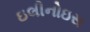
ઇલીનોઇસ